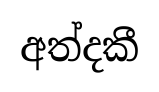
අත්දකී